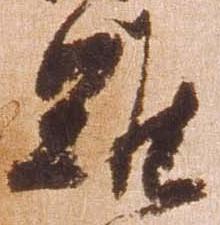
雖